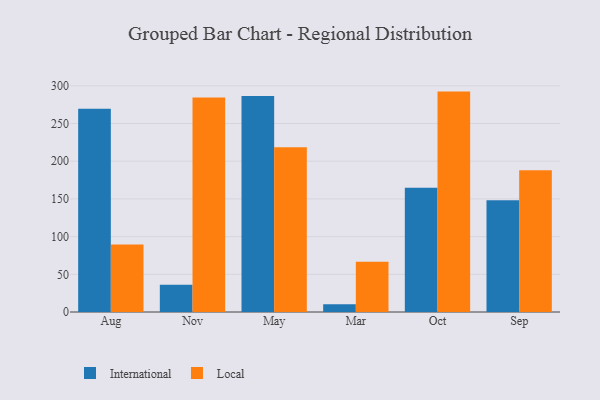
{"axis": {"x": "Month", "y": "Tickets Resolved"}, "legend": ["International", "Local"], "data": [{"x": "Aug", "y": 269.4, "type": "International"}, {"x": "Aug", "y": 89.4, "type": "Local"}, {"x": "Nov", "y": 36.1, "type": "International"}, {"x": "Nov", "y": 284.6, "type": "Local"}, {"x": "May", "y": 286.3, "type": "International"}, {"x": "May", "y": 218.4, "type": "Local"}, {"x": "Mar", "y": 10.3, "type": "International"}, {"x": "Mar", "y": 66.6, "type": "Local"}, {"x": "Oct", "y": 164.7, "type": "International"}, {"x": "Oct", "y": 292.3, "type": "Local"}, {"x": "Sep", "y": 148.1, "type": "International"}, {"x": "Sep", "y": 187.9, "type": "Local"}]}